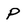
Character: P